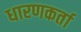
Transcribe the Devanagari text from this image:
धारणकर्ता